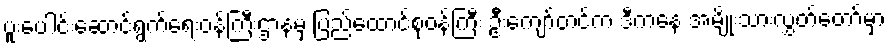
ပူးပေါင်းဆောင်ရွက်ရေးဝန်ကြီးဌာနမှ ပြည်ထောင်စုဝန်ကြီး ဦးကျော်တင်က ဒီကနေ့ အမျိုးသားလွှတ်တော်မှာ